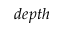
d e p t h